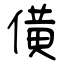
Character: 僙